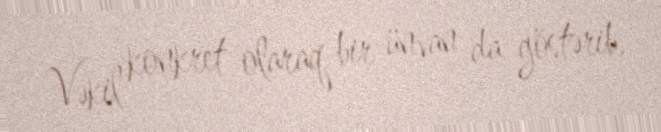
Vəkil konkret olaraq bir ünvan da göstərib.